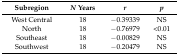
<table><thead><tr><td><b>Subregion</b></td><td><b><i>N</i> Years</b></td><td><b><i>r</i></b></td><td><b><i>p</i></b></td></tr></thead><tbody><tr><td>West Central</td><td>18</td><td>−0.39339</td><td>NS</td></tr><tr><td>North</td><td>18</td><td>−0.76979</td><td>&lt;0.01</td></tr><tr><td>Southeast</td><td>18</td><td>−0.00829</td><td>NS</td></tr><tr><td>Southwest</td><td>18</td><td>−0.20479</td><td>NS</td></tr></tbody></table>